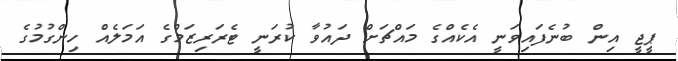
ޕީޖީ އިން ބުނެފައިވަނީ އެކެއްގެ މައްޗަށް ދައުވާ ކުރަނީ ޓެރަރިޒަމްގެ އަމަލެއް ހިންގުމުގެ